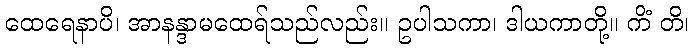
ထေရေနာပိ၊ အာနန္ဒာမထေရ်သည်လည်း။ ဥပါသကာ၊ ဒါယကာတို့။ ကိံ တိ၊